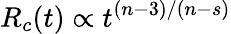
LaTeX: R_{c}(t)\propto t^{(n-3)/(n-s)}